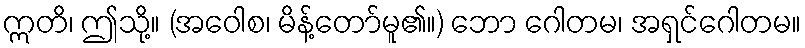
ဣတိ၊ ဤသို့။ (အဝေါစ၊ မိန့်တော်မူ၏။) ဘော ဂေါတမ၊ အရှင်ဂေါတမ။